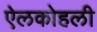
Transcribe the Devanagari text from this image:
ऐलकोहली